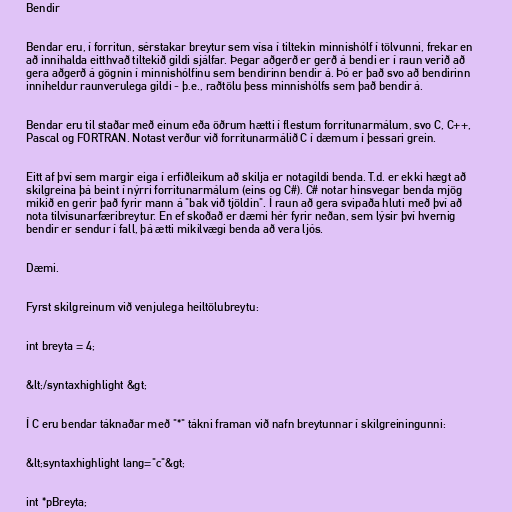
Bendir

Bendar eru, í forritun, sérstakar breytur sem vísa í tiltekin minnishólf í tölvunni, frekar en
að innihalda eitthvað tiltekið gildi sjálfar. Þegar aðgerð er gerð á bendi er í raun verið að
gera aðgerð á gögnin í minnishólfinu sem bendirinn bendir á. Þó er það svo að bendirinn
inniheldur raunverulega gildi - þ.e., raðtölu þess minnishólfs sem það bendir á.

Bendar eru til staðar með einum eða öðrum hætti í flestum forritunarmálum, svo C, C++,
Pascal og FORTRAN. Notast verður við forritunarmálið C í dæmum í þessari grein.

Eitt af því sem margir eiga í erfiðleikum að skilja er notagildi benda. T.d. er ekki hægt að
skilgreina þá beint í nýrri forritunarmálum (eins og C#). C# notar hinsvegar benda mjög
mikið en gerir það fyrir mann á "bak við tjöldin". Í raun að gera svipaða hluti með því að
nota tilvísunarfæribreytur. En ef skoðað er dæmi hér fyrir neðan, sem lýsir því hvernig
bendir er sendur í fall, þá ætti mikilvægi benda að vera ljós.

Dæmi.

Fyrst skilgreinum við venjulega heiltölubreytu:

int breyta = 4;

&lt;/syntaxhighlight &gt;

Í C eru bendar táknaðar með "*" tákni framan við nafn breytunnar í skilgreiningunni:

&lt;syntaxhighlight lang="c"&gt;

int *pBreyta;